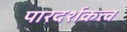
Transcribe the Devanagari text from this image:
पारदर्शकत्व